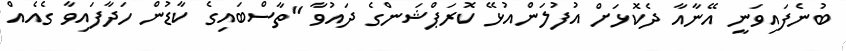
ބުނެފައިވަނީ އޭނާއާ ދެކޮޅަށް އުފުލަންއުޅޭ ކޮރަޕްޝަންގެ ދައުވާ "ތާސްބައިގެ ކާޑުން ހަދާފައިވާ ގެއެއް